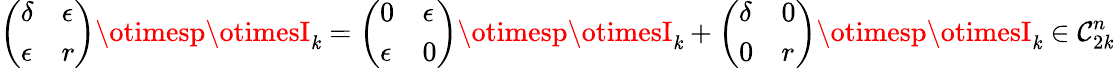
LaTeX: \left(\begin{array}{ll}{\delta}&{\epsilon}\\ {\epsilon}&{r}\end{array}\right)\otimesp\otimesI_{\mathit{k}}=\left(\begin{array}{ll}{0}&{\epsilon}\\ {\epsilon}&{0}\end{array}\right)\otimesp\otimesI_{\mathit{k}}+\left(\begin{array}{ll}{\delta}&{0}\\ {0}&{r}\end{array}\right)\otimesp\otimesI_{\mathit{k}}\in\mathcal{{C}}_{2\mathit{k}}^{n}